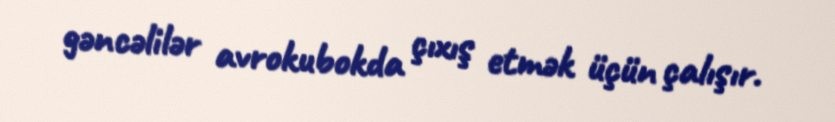
gəncəlilər avrokubokda çıxış etmək üçün çalışır.